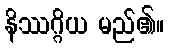
နိဿဂ္ဂိယ မည်၏။